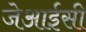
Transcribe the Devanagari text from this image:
जेआईसी